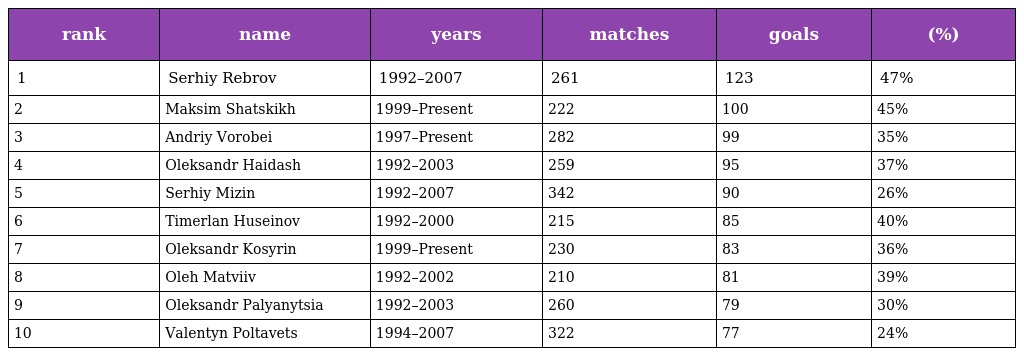
| rank | name | years | matches | goals | (%) |
 | --- | --- | --- | --- | --- | --- |
 | 1 | Serhiy Rebrov | 1992–2007 | 261 | 123 | 47% |
 | 2 | Maksim Shatskikh | 1999–Present | 222 | 100 | 45% |
 | 3 | Andriy Vorobei | 1997–Present | 282 | 99 | 35% |
 | 4 | Oleksandr Haidash | 1992–2003 | 259 | 95 | 37% |
 | 5 | Serhiy Mizin | 1992–2007 | 342 | 90 | 26% |
 | 6 | Timerlan Huseinov | 1992–2000 | 215 | 85 | 40% |
 | 7 | Oleksandr Kosyrin | 1999–Present | 230 | 83 | 36% |
 | 8 | Oleh Matviiv | 1992–2002 | 210 | 81 | 39% |
 | 9 | Oleksandr Palyanytsia | 1992–2003 | 260 | 79 | 30% |
 | 10 | Valentyn Poltavets | 1994–2007 | 322 | 77 | 24% |